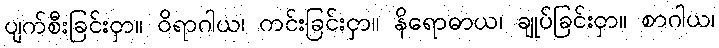
ပျက်စီးခြင်းငှာ။ ဝိရာဂါယ၊ ကင်းခြင်းငှာ။ နိရောဓာယ၊ ချုပ်ခြင်းငှာ။ စာဂါယ၊